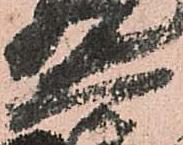
大